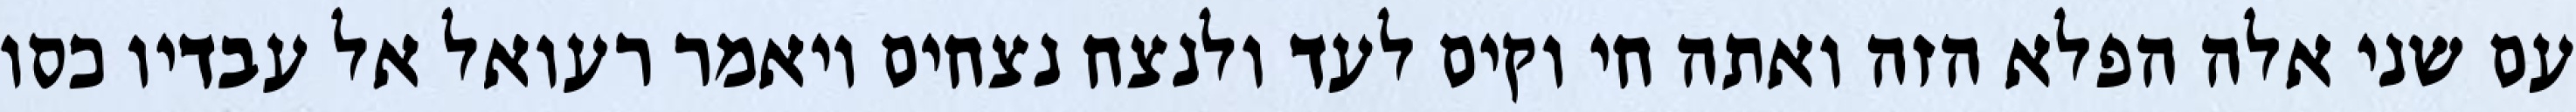
עם שני אלה הפלא הזה ואתה חי וקים לעד ולנצח נצחים ויאמר רעואל אל עבדיו כסו